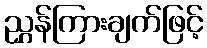
ညွှန်ကြားချက်ဖြင့်